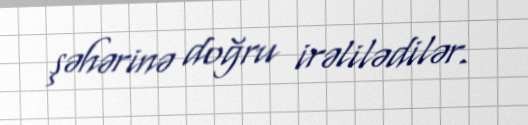
şəhərinə doğru irəlilədilər.